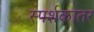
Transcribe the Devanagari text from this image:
स्पर्शकातर